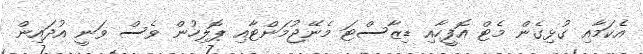
އެކަމާއި ގުޅިގެން މެޓް އޮފީހާއި ޑިޒާސްޓަ މެނޭޖުމަންޓާއި ޕޮލިހުން ވެސް ވަނީ އުދައިން